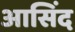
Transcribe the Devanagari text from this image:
आसिंद